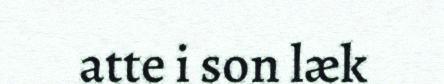
atte i son læk